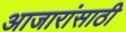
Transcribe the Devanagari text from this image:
अाजारांसाठी